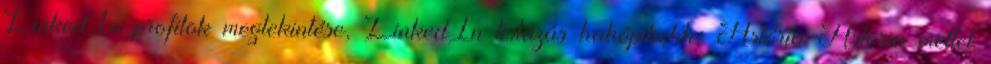
LinkedIn profilok megtekintése, LinkedIn listázás hahópihehh: Astória Astoria mellet